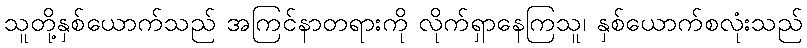
သူတို့နှစ်ယောက်သည် အကြင်နာတရားကို လိုက်ရှာနေကြသူ၊ နှစ်ယောက်စလုံးသည်